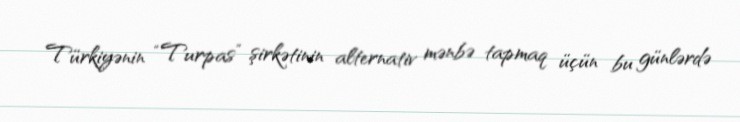
Türkiyənin “Turpas” şirkətinin alternativ mənbə tapmaq üçün bu günlərdə